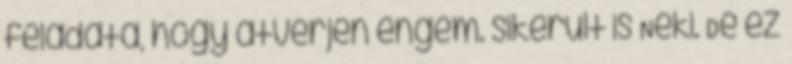
feladata, hogy átverjen engem. sikerült is Neki. De ez